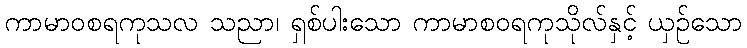
ကာမာဝစရကုသလ သညာ၊ ရှစ်ပါးသော ကာမာစဝရကုသိုလ်နှင့် ယှဉ်သော